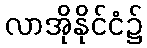
လာအိုနိုင်ငံ၌